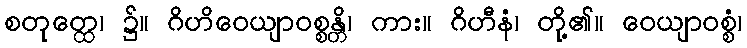
စတုတ္ထေ၊ ၌။ ဂိဟိဝေယျာဝစ္စန္တိ၊ ကား။ ဂိဟီနံ၊ တို့၏။ ဝေယျာဝစ္စံ၊